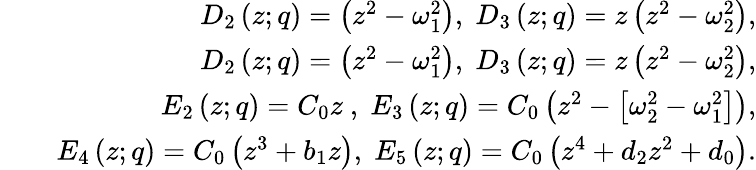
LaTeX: \begin{array}{rlr}&{}&{D_{2}\left(z;q\right)=\left(z^{2}-\omega_{1}^{2}\right),\; D_{3}\left(z;q\right)=z\left(z^{2}-\omega_{2}^{2}\right),}\\ &{}&{D_{2}\left(z;q\right)=\left(z^{2}-\omega_{1}^{2}\right),\; D_{3}\left(z;q\right)=z\left(z^{2}-\omega_{2}^{2}\right),}\\ &{}&{E_{2}\left(z;q\right)=C_{0}z\ ,\; E_{3}\left(z;q\right)=C_{0}\left(z^{2}-\left[\omega_{2}^{2}-\omega_{1}^{2}\right]\right),}\\ &{}&{E_{4}\left(z;q\right)=C_{0}\left(z^{3}+b_{1}z\right),\; E_{5}\left(z;q\right)=C_{0}\left(z^{4}+d_{2}z^{2}+d_{0}\right).}\end{array}